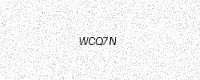
Text: WCQ7N